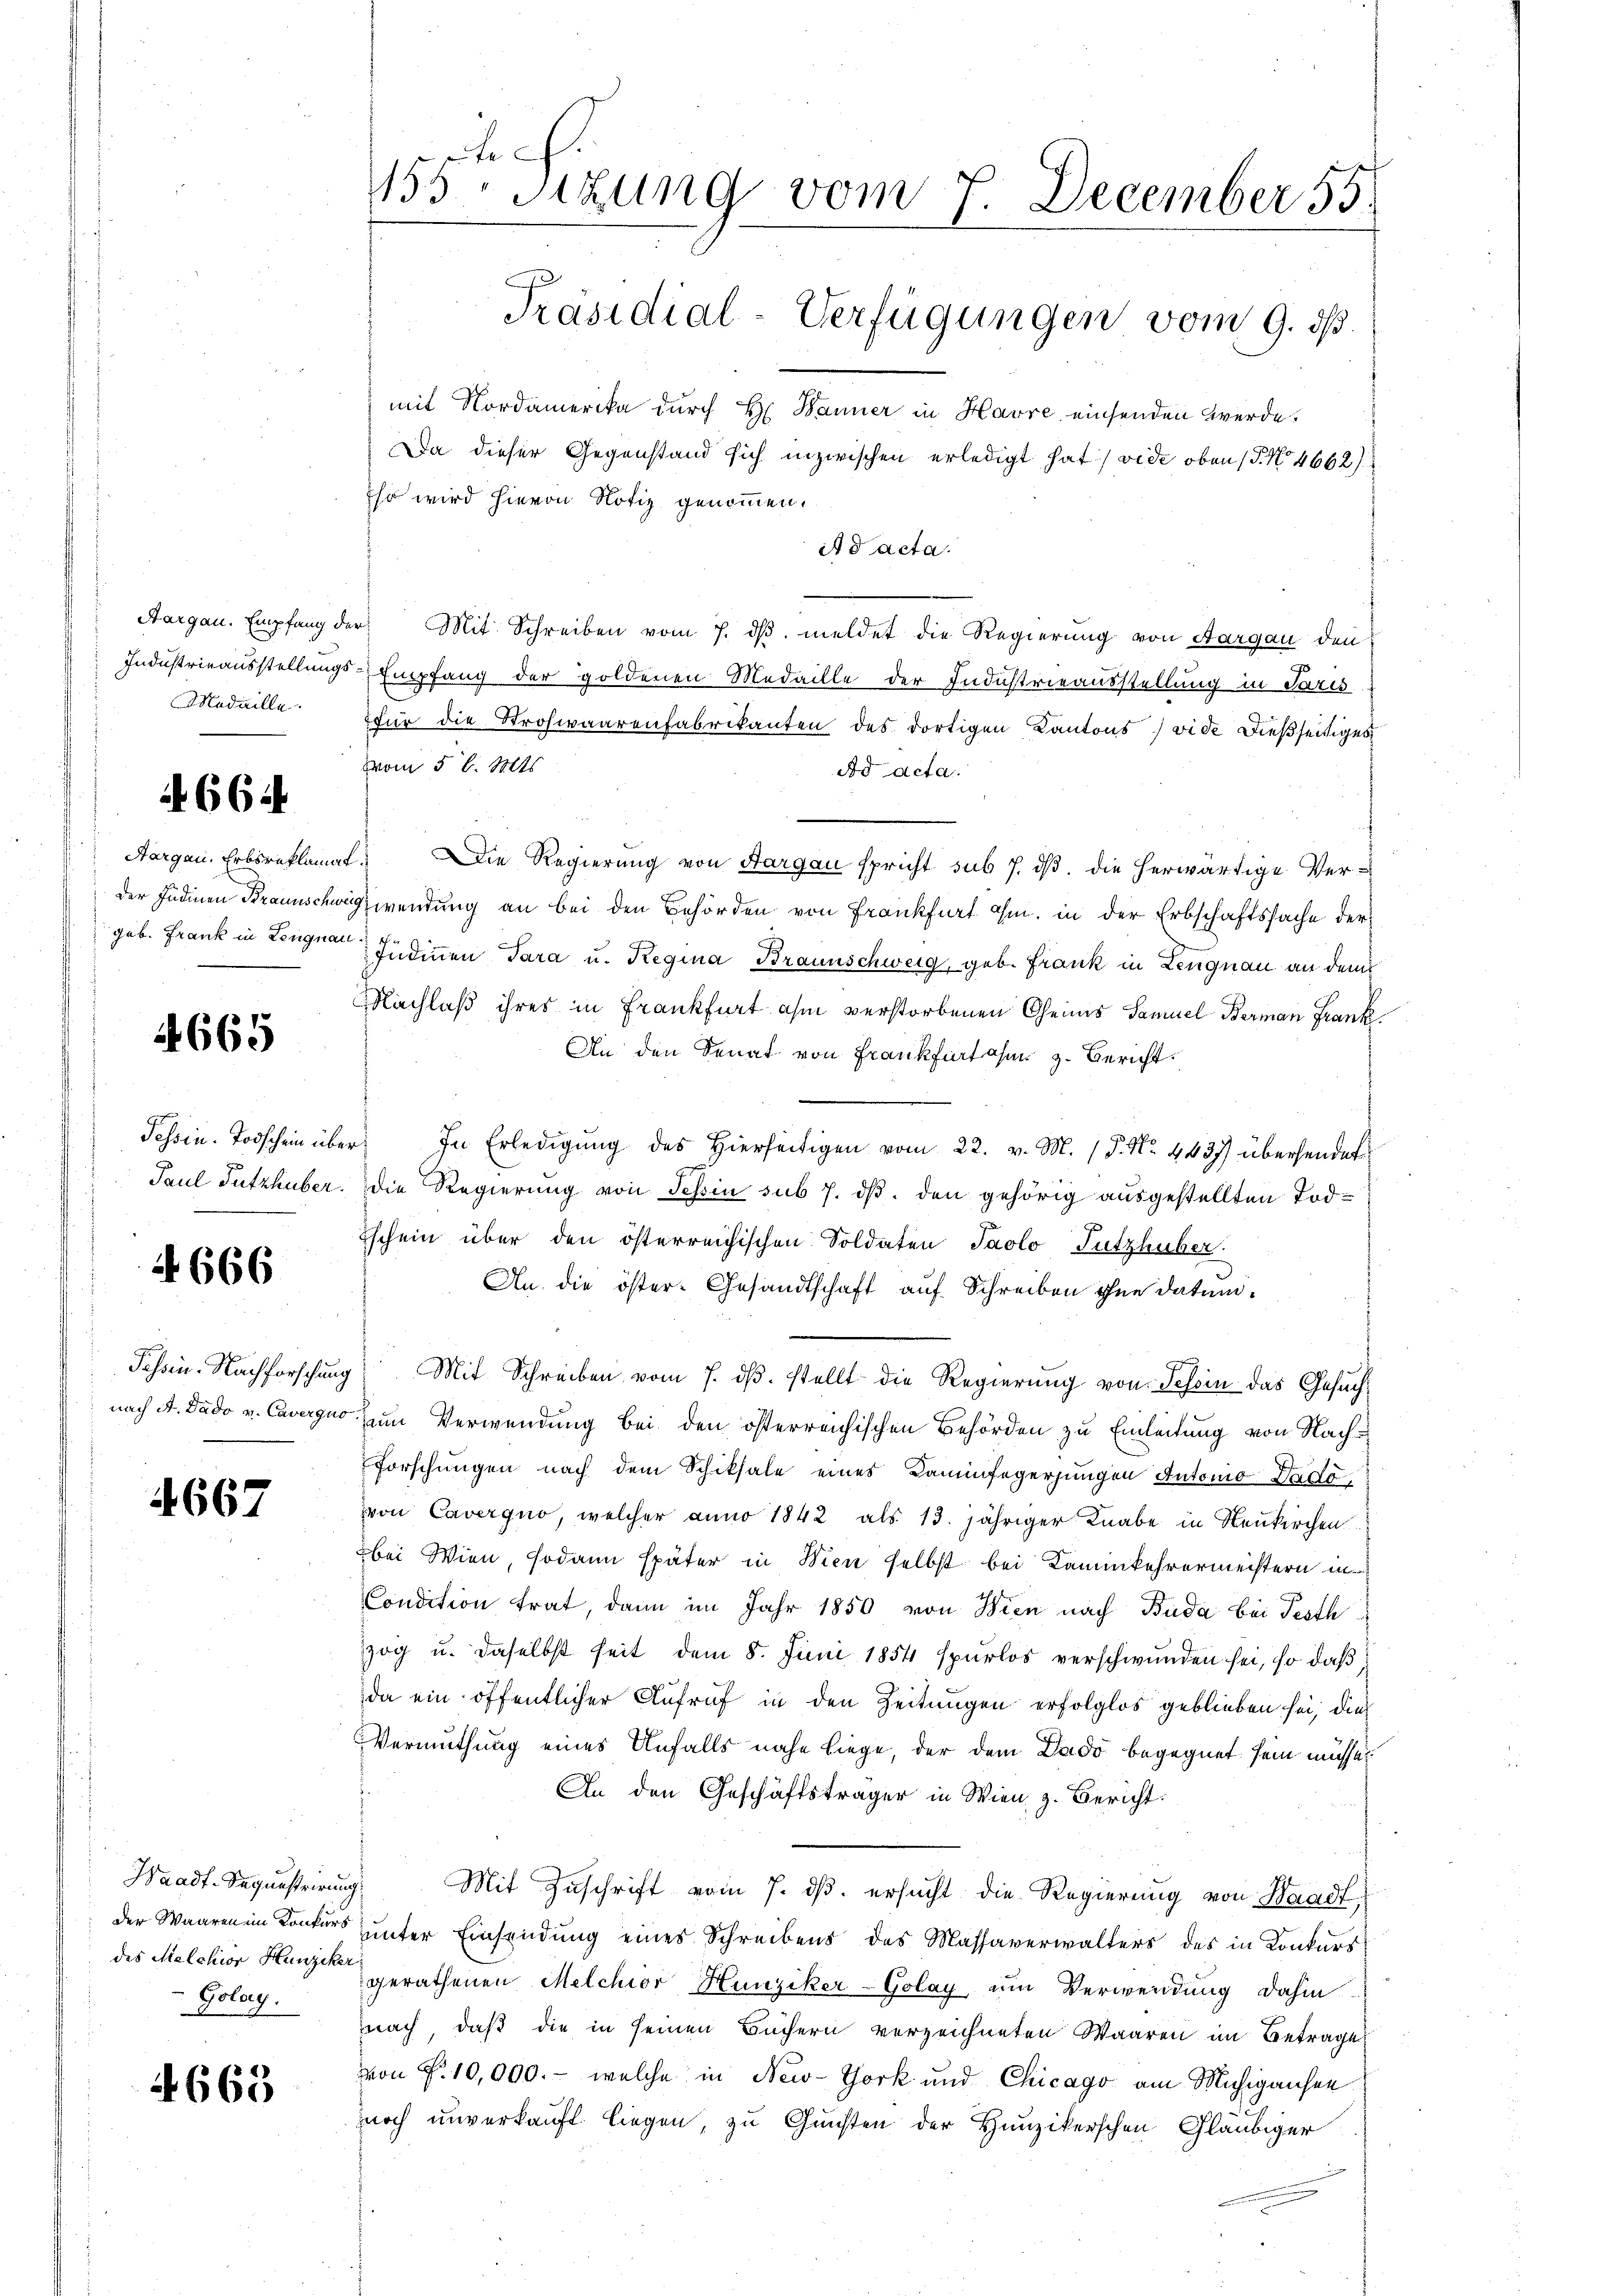
Aargau. Empfang der
Medaille.

N. 664

Aargau, Erbsreklamat
Der Indinen Braunschwei
geb. Frank in Lengnau

4665

Tessin. Todschein über
Paul Putzhuber.

A 666

Tessin. Nachforschung
nach A. Dado v. Caverquo

4667

Waadt-Sequestrirung
der Waaren im Konkurs
des Melchior Hunziker
Golay.

4663

te
155 Sitzung vom 7. December 55.
Präsidial-Verfügungen vom 9. ds.

mit Nordamerika durch H. Banner in Havre einsenden werde.
Da dieser Gegenstand sich inzwischen erledigt hat (vide oben (§. No 4662)
Eso wird hievon Notiz genommen.
it d acta.
ir. Mit Schreiben vom 7. dβ. meldet die Regierung von Aargau den
Industrieausstellungs-Empfang der goldenen Medaille der Industrieausstellung in Paris
für die Strohwaarenfabrikanten des dortigen Kantons vide dießseitiges
vom 5 l. Mts.
Ad acta.
6. Die Regierung von Aargau spricht sub 7. dß. die herwärtige Vergwendung an bei den Behörden von Frankfurt ohm, in der Erbschaftssache der
Judinen Tara u. Regina Braunschweig, geb. Frank in Lengnau an dem
Nachlaß ihres in Frankfurt ihm verstorbenen Geims Samuel Berman Frank
An den Senat von Frankfurt am 3. Bericht
 In Erledigŭng des hierseitigen vom 22. v. M. P. Nr. 4437) übersendet
die Regierung von Tessin sub 7. dß. den gehörig ausgestellten Tod¬
Eschein über den österreichischen Soldaten Jaolo Futzhuber:
An die öster-Gesandtschaft auf Schreiben ohne datum¬
 Mit Schreiben vom 7. dβ. stellt die Regierŭng von Tessin das Gesuchzum Verwendung bei den österreichischen Behörden zu Einleitung von Nach¬
Forschungen nach dem Schiksale eines Kaminfegerungen Automo Vado
von Caverquo, welcher anno 1842 als 13. jähriger Knabe in Neukirchen
bei Wien, sodann später in Wien selbst bei Kaminkehrermeistern in
Condition trat, dann im Jahr 1850 von Wien nach Buda bei Festh
zog u. daselbst seit dem 8. Juni 1854 spurlos verschwunden sei, so daß
da ein öffentlicher Aufruf in den Zeitungen erfolglos geblieben sei, die
Vermuthung eines Unfalls nahe Liege, der dem Dado begegnet sein müsse
An den Geschäftsträger in Wien z. Bericht:
Mit Zuschrift vom 7. ds. ersucht die Regierung von Waadt
uunter Einsendung eines Schreibens des Massaverwalters des in Konkurs
gerathenen Melchior Hunziker-Golay um Verwendung dahin
nach, daß die in seinen Büchern verzeichneten Waaren im Betrage
von Fr. 10,000.- welche in New-York und Chicago am Michigansen
noch unverkauft liegen, zu Gunsten der Hunzikerschen Gläubiger